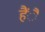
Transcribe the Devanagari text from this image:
हैंै